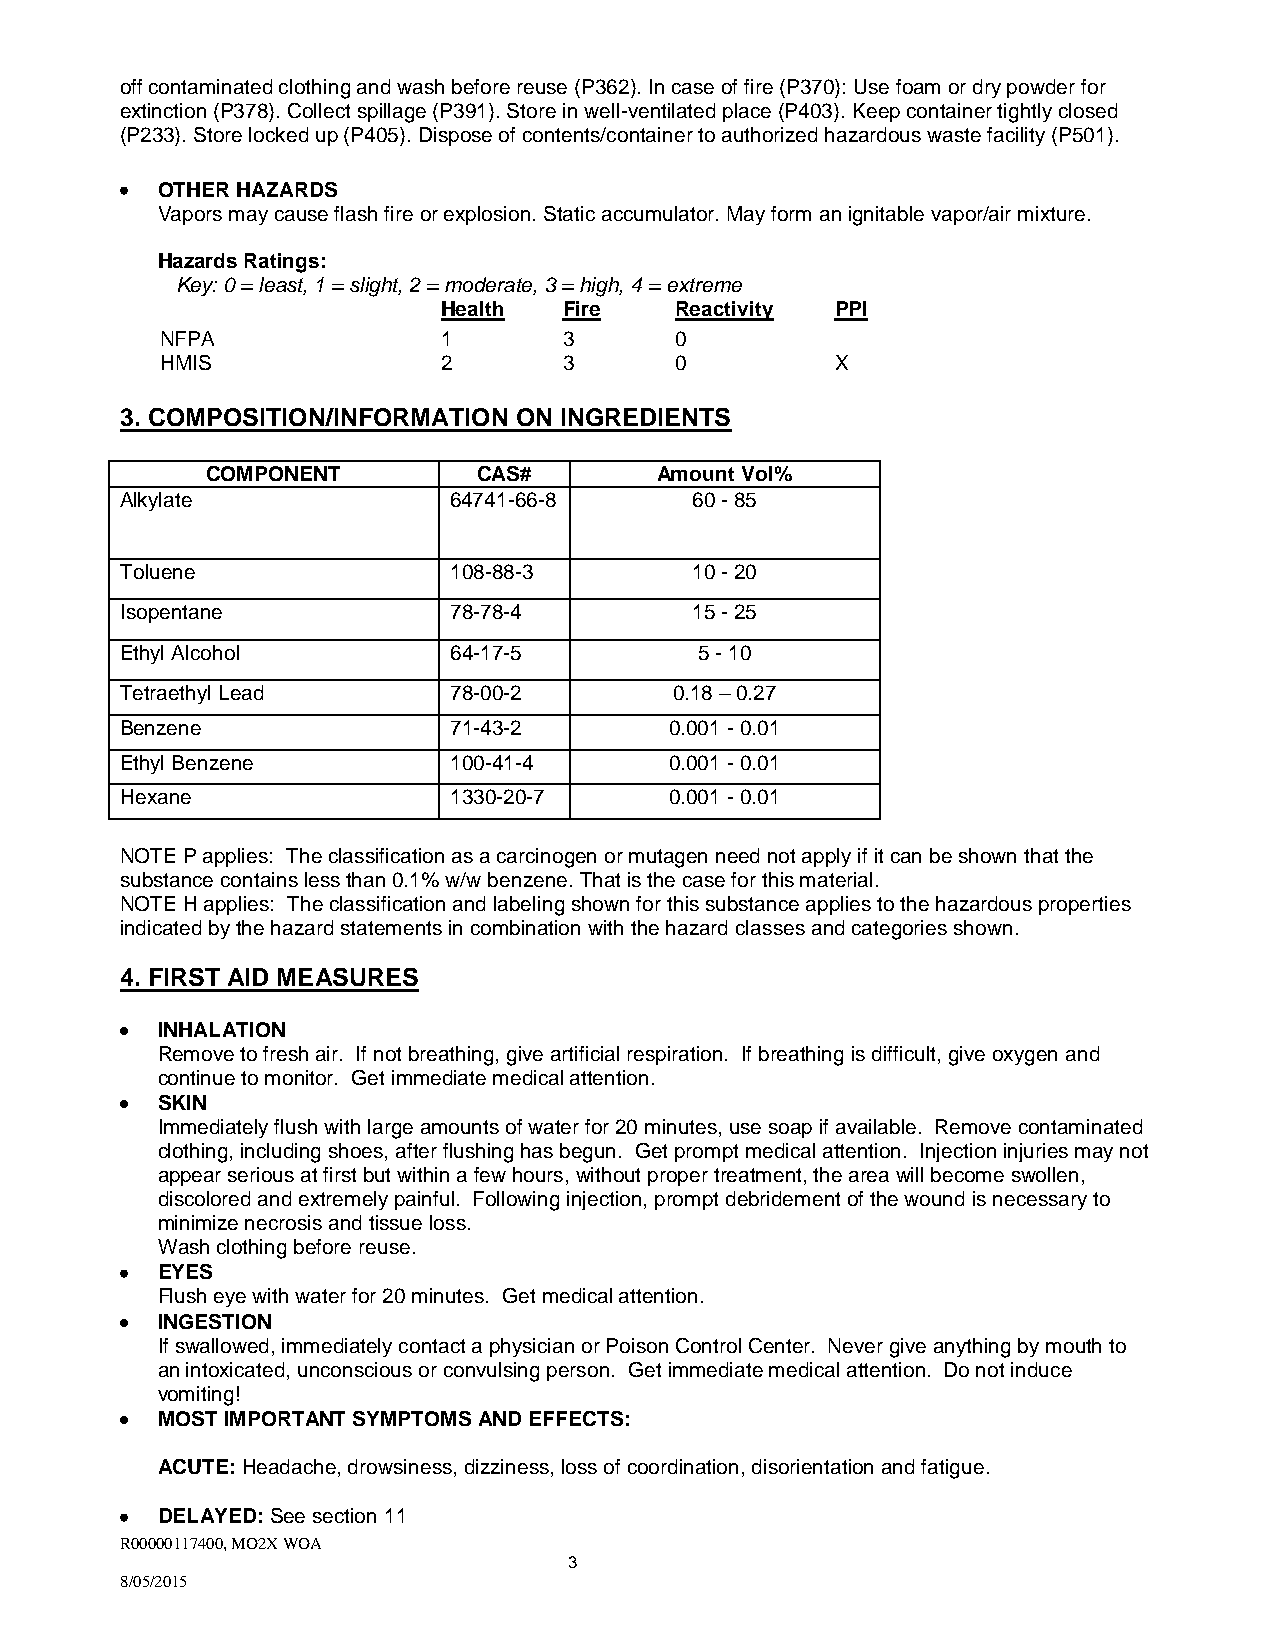
off contaminated clothing and wash before reuse (P362). In case of fire (P370): Use foam or dry powder for
 extinction (P378). Collect spillage (P391). Store in well-ventilated place (P403). Keep container tightly closed
 (P233). Store locked up (P405). Dispose of contents/container to authorized hazardous waste facility (P501).
 OTHER HAZARDS
 Vapors may cause flash fire or explosion. Static accumulator. May form an ignitable vapor/air mixture.
 Hazards Ratings:
 Key: 0 = least, 1 = slight, 2 = moderate, 3 = high, 4 = extreme
 Health  Fire    Reactivity PPI
 NFPA              1       3       0
 HMIS              2       3       0         X
 3. COMPOSITION/INFORMATION ON INGREDIENTS
 COMPONENT         CAS#       Amount Vol%
 Alkylate              64741-66-8      60 - 85
 Toluene               108-88-3        10 - 20
 Isopentane            78-78-4         15 - 25
 Ethyl Alcohol         64-17-5         5 - 10
 Tetraethyl Lead       78-00-2        0.18 – 0.27
 Benzene               71-43-2       0.001 - 0.01
 Ethyl Benzene         100-41-4      0.001 - 0.01
 Hexane                1330-20-7     0.001 - 0.01
 NOTE P applies: The classification as a carcinogen or mutagen need not apply if it can be shown that the
 substance contains less than 0.1% w/w benzene. That is the case for this material.
 NOTE H applies: The classification and labeling shown for this substance applies to the hazardous properties
 indicated by the hazard statements in combination with the hazard classes and categories shown.
 4. FIRST AID MEASURES
 INHALATION
 Remove to fresh air. If not breathing, give artificial respiration. If breathing is difficult, give oxygen and
 continue to monitor. Get immediate medical attention.
 SKIN
 Immediately flush with large amounts of water for 20 minutes, use soap if available. Remove contaminated
 clothing, including shoes, after flushing has begun. Get prompt medical attention. Injection injuries may not
 appear serious at first but within a few hours, without proper treatment, the area will become swollen,
 discolored and extremely painful. Following injection, prompt debridement of the wound is necessary to
 minimize necrosis and tissue loss.
 Wash clothing before reuse.
 EYES
 Flush eye with water for 20 minutes. Get medical attention.
 INGESTION
 If swallowed, immediately contact a physician or Poison Control Center. Never give anything by mouth to
 an intoxicated, unconscious or convulsing person. Get immediate medical attention. Do not induce
 vomiting!
 MOST IMPORTANT SYMPTOMS AND EFFECTS:
 ACUTE: Headache, drowsiness, dizziness, loss of coordination, disorientation and fatigue.
 DELAYED: See section 11
 R00000117400, MO2X WOA
 3
 8/05/2015